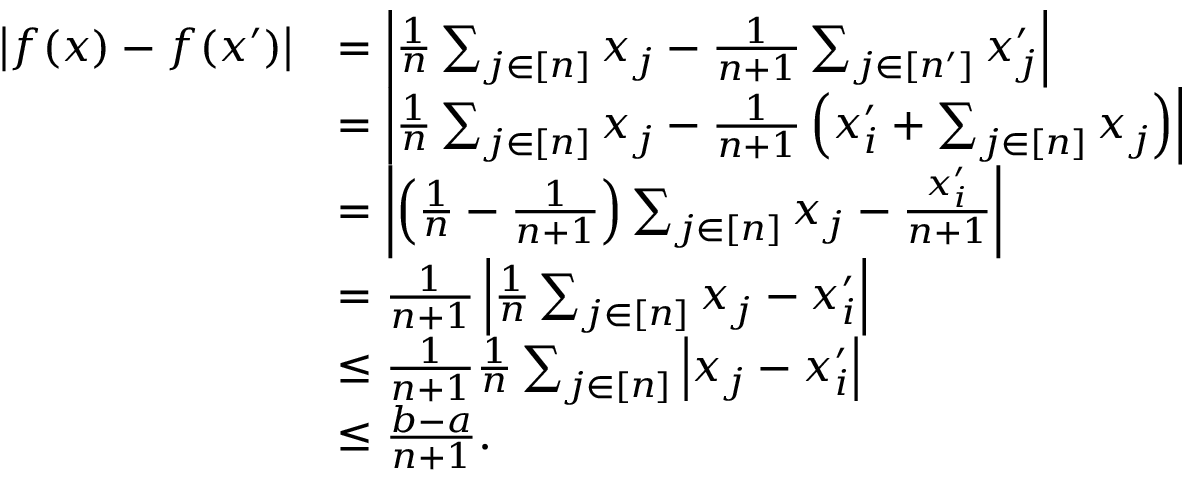
\begin{array} { r l } { \left| f ( x ) - f ( x ^ { \prime } ) \right| } & { = \left| \frac { 1 } { n } \sum _ { j \in [ n ] } x _ { j } - \frac { 1 } { n + 1 } \sum _ { j \in [ n ^ { \prime } ] } x _ { j } ^ { \prime } \right| } \\ & { = \left| \frac { 1 } { n } \sum _ { j \in [ n ] } x _ { j } - \frac { 1 } { n + 1 } \left( x _ { i } ^ { \prime } + \sum _ { j \in [ n ] } x _ { j } \right) \right| } \\ & { = \left| \left( \frac { 1 } { n } - \frac { 1 } { n + 1 } \right) \sum _ { j \in [ n ] } x _ { j } - \frac { x _ { i } ^ { \prime } } { n + 1 } \right| } \\ & { = \frac { 1 } { n + 1 } \left| \frac { 1 } { n } \sum _ { j \in [ n ] } x _ { j } - x _ { i } ^ { \prime } \right| } \\ & { \le \frac { 1 } { n + 1 } \frac { 1 } { n } \sum _ { j \in [ n ] } \left| x _ { j } - x _ { i } ^ { \prime } \right| } \\ & { \le \frac { b - a } { n + 1 } . } \end{array}